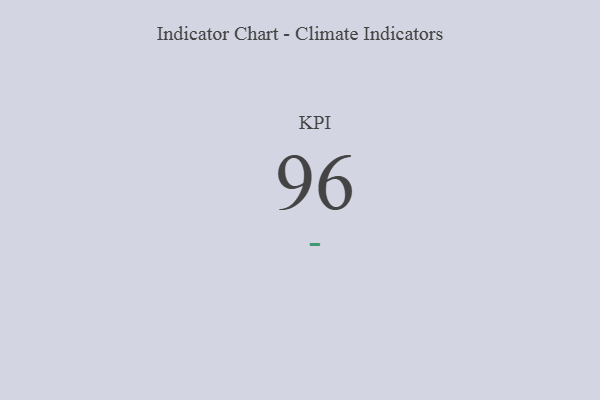
{"axis": {"x": "KPI", "y": "Value"}, "legend": [""], "data": [{"x": "KPI", "y": 96, "type": ""}]}